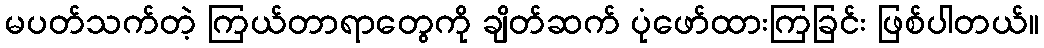
မပတ်သက်တဲ့ ကြယ်တာရာတွေကို ချိတ်ဆက် ပုံဖော်ထားကြခြင်း ဖြစ်ပါတယ်။